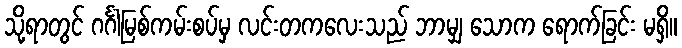
သို့ရာတွင် ဂင်္ဂါမြစ်ကမ်းစပ်မှ လင်းတကလေးသည် ဘာမျှ သောက ရောက်ခြင်း မရှိ။